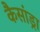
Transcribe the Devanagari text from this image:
कैसांड्रा